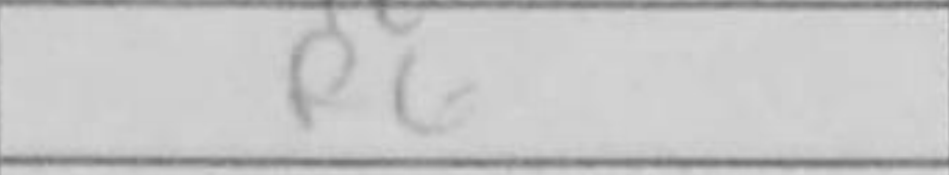
Transcription: R6